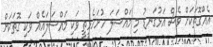
އެއްގޮތަކަށް ވެސް އަޅުގަނޑު މި މައްސަލަ ހުށަހެޅީތީ ވަކި މައްސަލައެއް ވަކި ގޮތަކަށް